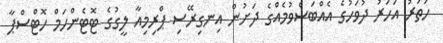
ހަތަރު އަހަރު ދުވަހުގެ އެއްބަސްވުމެއްގެ ދަށުން އިނގިރޭސި ޕްރިމިއާ ލީގުގެ ޓޮޓެންހަމް ހޮޓްސްޕާ